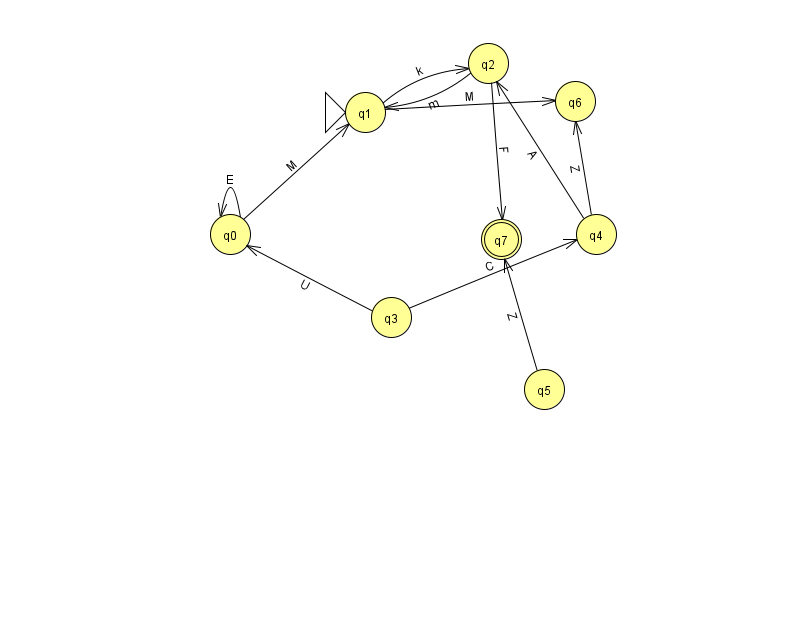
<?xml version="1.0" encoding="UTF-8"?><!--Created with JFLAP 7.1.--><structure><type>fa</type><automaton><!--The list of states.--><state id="0" name="q0"><x>230.0</x><y>221.0</y></state><state id="1" name="q1"><x>365.0</x><y>99.0</y><initial/></state><state id="2" name="q2"><x>488.0</x><y>50.0</y></state><state id="3" name="q3"><x>391.0</x><y>304.0</y></state><state id="4" name="q4"><x>596.0</x><y>221.0</y></state><state id="5" name="q5"><x>544.0</x><y>376.0</y></state><state id="6" name="q6"><x>575.0</x><y>88.0</y></state><state id="7" name="q7"><x>501.0</x><y>226.0</y><final/></state><!--The list of transitions.--><transition><from>1</from><to>6</to><read>M</read></transition><transition><from>0</from><to>0</to><read>E</read></transition><transition><from>3</from><to>0</to><read>U</read></transition><transition><from>0</from><to>1</to><read>M</read></transition><transition><from>2</from><to>1</to><read>m</read></transition><transition><from>4</from><to>6</to><read>Z</read></transition><transition><from>2</from><to>7</to><read>F</read></transition><transition><from>3</from><to>4</to><read>C</read></transition><transition><from>4</from><to>2</to><read>A</read></transition><transition><from>5</from><to>7</to><read>Z</read></transition><transition><from>1</from><to>2</to><read>k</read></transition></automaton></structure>